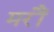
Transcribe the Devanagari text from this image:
मरौं